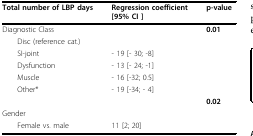
| Total number of LBP days | Regression coefficient [95% CI ] | p-value |
 | --- | --- | --- |
 | Diagnostic Class |  | 0.01 |
 | Disc (reference cat.) |  |  |
 | SI-joint | - 19 [- 30; -8] |  |
 | Dysfunction | - 13 [- 24; -1] |  |
 | Muscle | - 16 [-32; 0.5] |  |
 | Other* | - 19 [-34; - 4] |  |
 |  |  | 0.02 |
 | Gender |  |  |
 | Female vs. male | 11 [2; 20] |  |